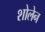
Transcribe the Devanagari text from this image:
शोलेन